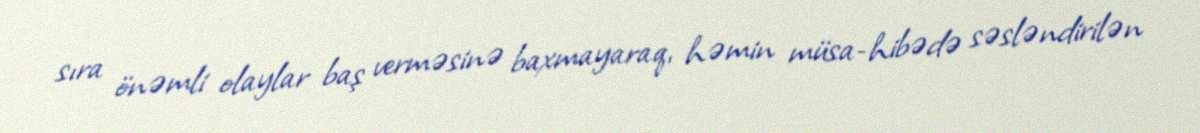
sıra önəmli olaylar baş verməsinə baxmayaraq, həmin müsa­hibədə səsləndirilən